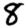
Digit: 8